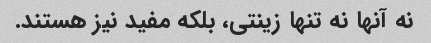
نه آنها نه تنها زینتی، بلکه مفید نیز هستند.